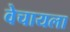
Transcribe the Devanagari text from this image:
वेचायला